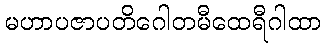
မဟာပဇာပတိဂေါတမီထေရီဂါထာ